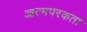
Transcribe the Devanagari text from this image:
आत्मपरकता